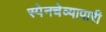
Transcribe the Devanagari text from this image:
स्पेनचेव्यापारी